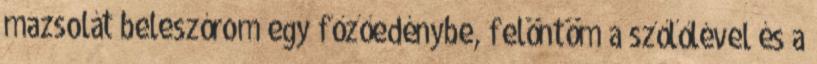
mazsolát beleszórom egy főzőedénybe, felöntöm a szőlőlével és a